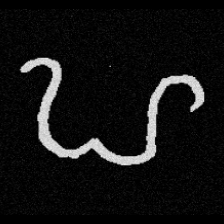
Pyu character \u2014 Myanmar letter: ဟ (romanized: ha)